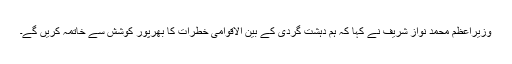
وزیراعظم محمد نواز شریف نے کہا کہ ہم دہشت گردی کے بین الاقوامی خطرات کا بھرپور کوشش سے خاتمہ کریں گے۔